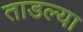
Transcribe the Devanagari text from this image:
ताडल्या